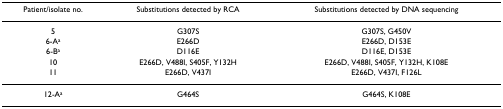
<table><thead><tr><td><b>Patient/isolate no.</b></td><td><b>Substitutions detected by RCA</b></td><td><b>Substitutions detected by DNA sequencing</b></td></tr></thead><tbody><tr><td>5</td><td>G307S</td><td>G307S, G450V</td></tr><tr><td>6-A<sup>a</sup></td><td>E266D</td><td>E266D, D153E</td></tr><tr><td>6-B<sup>a</sup></td><td>D116E</td><td>D116E, D153E</td></tr><tr><td>10</td><td>E266D, V488I, S405F, Y132H</td><td>E266D, V488I, S405F, Y132H, K108E</td></tr><tr><td>11</td><td>E266D, V437I</td><td>E266D, V437I, F126L</td></tr><tr><td>12-A<sup>a</sup></td><td>G464S</td><td>G464S, K108E</td></tr></tbody></table>